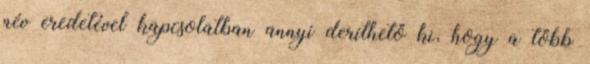
név eredetével kapcsolatban annyi deríthető ki, hogy a több